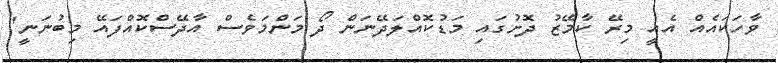
ވާހަކައެއް އެއީ މިރޭ ކާމޭޒު ދޮށުގައި މަޑުކޮއްލަދޭނަން ދޯ މަންމަވެސް އާދޭސްކޮއްފައޭ މިބުނަނީ"